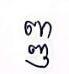
ញ្ញ